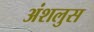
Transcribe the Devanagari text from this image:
अंशलुस